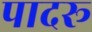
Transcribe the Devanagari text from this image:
पादरू